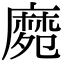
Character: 𪎛